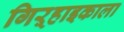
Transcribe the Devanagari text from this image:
गिऱ्हाइकाला